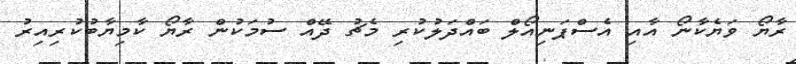
ރާޔޯ ވަޔެކާނޯ އާއި އެސްޕަނިއޯލް ބައްދަލުކުރި މެޗު ދޭއް ސުމަކުން ރާޔޯ ކާމިޔާބުކުރިއިރު